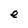
Character: e